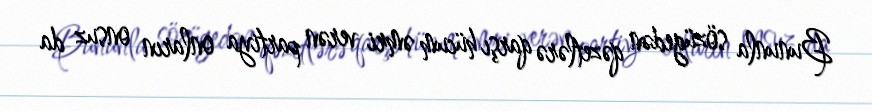
Bununla sözügedən qəzetlərə qarşı hücum əmri verən partiya onların onsuz da